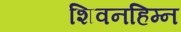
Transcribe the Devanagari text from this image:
शिवनहिम्न